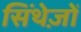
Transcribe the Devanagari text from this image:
सिंथेज़ों